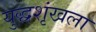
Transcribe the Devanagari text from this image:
युद्धशृंखला